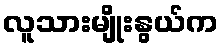
လူသားမျိုးနွယ်က